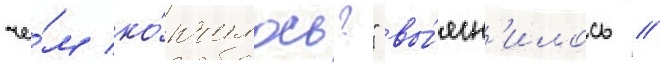
че́м ко́нчилось?" вы́ясн'илось /